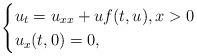
LaTeX: \begin{align*}\begin{cases} u_t=u_{xx}+uf(t,u),x>0\cr u_x(t,0)=0,\end{cases}\end{align*}